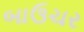
બાઉચર